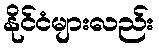
နိုင်ငံများလည်း